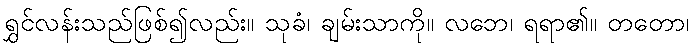
ရွှင်လန်းသည်ဖြစ်၍လည်း။ သုခံ၊ ချမ်းသာကို။ လဘေ၊ ရရာ၏။ တတော၊